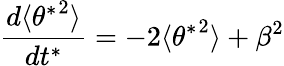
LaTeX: \frac{d\langle{\theta^{*}}^{2}\rangle}{dt^{*}}=-2\langle{\theta^{*}}^{2}\rangle+\beta^{2}